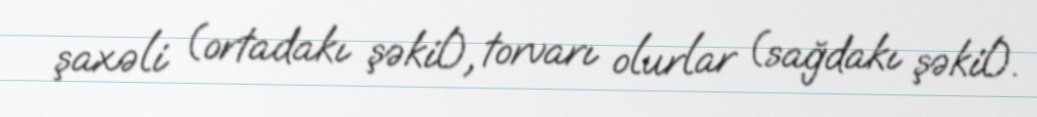
şaxəli (ortadakı şəkil), torvarı olurlar (sağdakı şəkil).